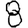
Digit: 8